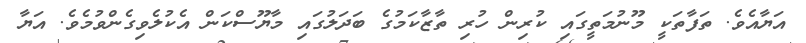
އަޔާއެވެ. ތަފާތަކީ މޫނުމަތީގައި ކުރިން ހުރި ތާޒާކަމުގެ ބަދަލުގައި މާޔޫސްކަން އެކުލެވިގެންވުމެވެ. އަޔާ